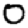
Digit: 0